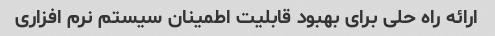
ارائه راه حلی برای بهبود قابلیت اطمینان سیستم نرم افزاری